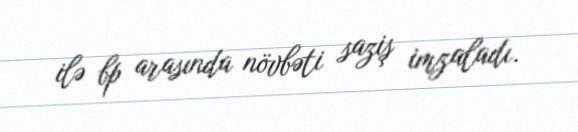
ilə bp arasında növbəti saziş imzaladı.